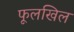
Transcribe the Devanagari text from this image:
फूलखिल